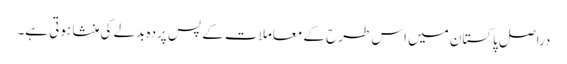
دراصل پاکستان میں اس طرح کے معاملات کے پس پردہ بدلے کی منشا ہوتی ہے۔